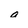
Character: a